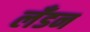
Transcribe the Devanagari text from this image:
लॅंडन